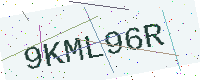
Text: 9KML96R